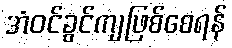
အံဝင်ခွင်ကျဖြစ်စေရန်